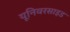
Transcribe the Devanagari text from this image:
यूनिवरसाइड